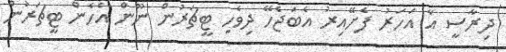
ދިރާސީ އާ އަހަރު ފެށޭއިރު އެބަޖެހޭ ދިވެހި ޓީޗަރުން ނޫން އެހެން ޓީޗަރުން